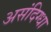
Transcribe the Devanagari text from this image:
असंदिग्धा